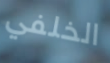
الخلفي